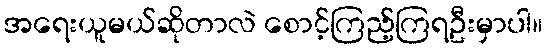
အရေးယူမယ်ဆိုတာလဲ စောင့်ကြည့်ကြရဦးမှာပါ။